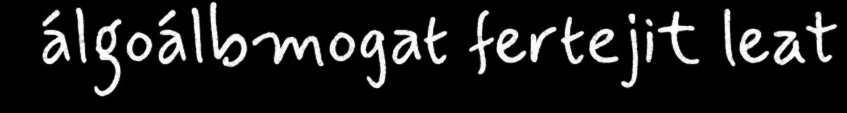
álgoálbmogat fertejit leat